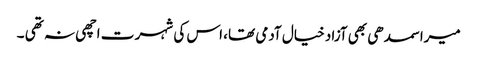
میرا سمدھی بھی آزاد خیال آدمی تھا، اس کی شہر ت اچھی نہ تھی ۔